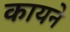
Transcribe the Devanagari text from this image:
कायने